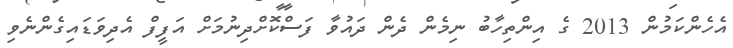
އެހެންކަމުން 2013 ގެ އިންތިހާބު ނިމެން ދެން ދައުވާ ފަސްކޮށްދިނުމަށް އަފީފް އެދިވަޑައިގެންނެވި